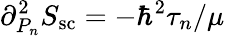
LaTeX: {\partial_{P_{n}}^{2}S_{\mathrm{sc}}}=-\hbar^{2}\tau_{n}/\mu